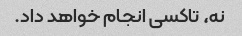
نه، تاکسی انجام خواهد داد.